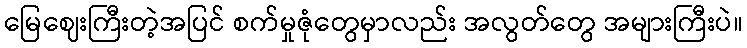
မြေဈေးကြီးတဲ့အပြင် စက်မှုဇုံတွေမှာလည်း အလွတ်တွေ အများကြီးပဲ။